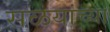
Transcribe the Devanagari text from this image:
सळयांच्या